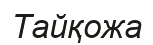
Тайқожа